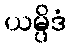
ယမ္ပိဒံ